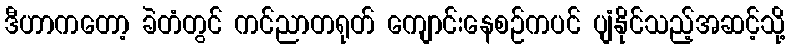
ဒီဟာကတော့ ခဲတံတွင် ကင်ညာတရုတ် ကျောင်းနေစဉ်ကပင် ပျံနိုင်သည့်အဆင့်သို့